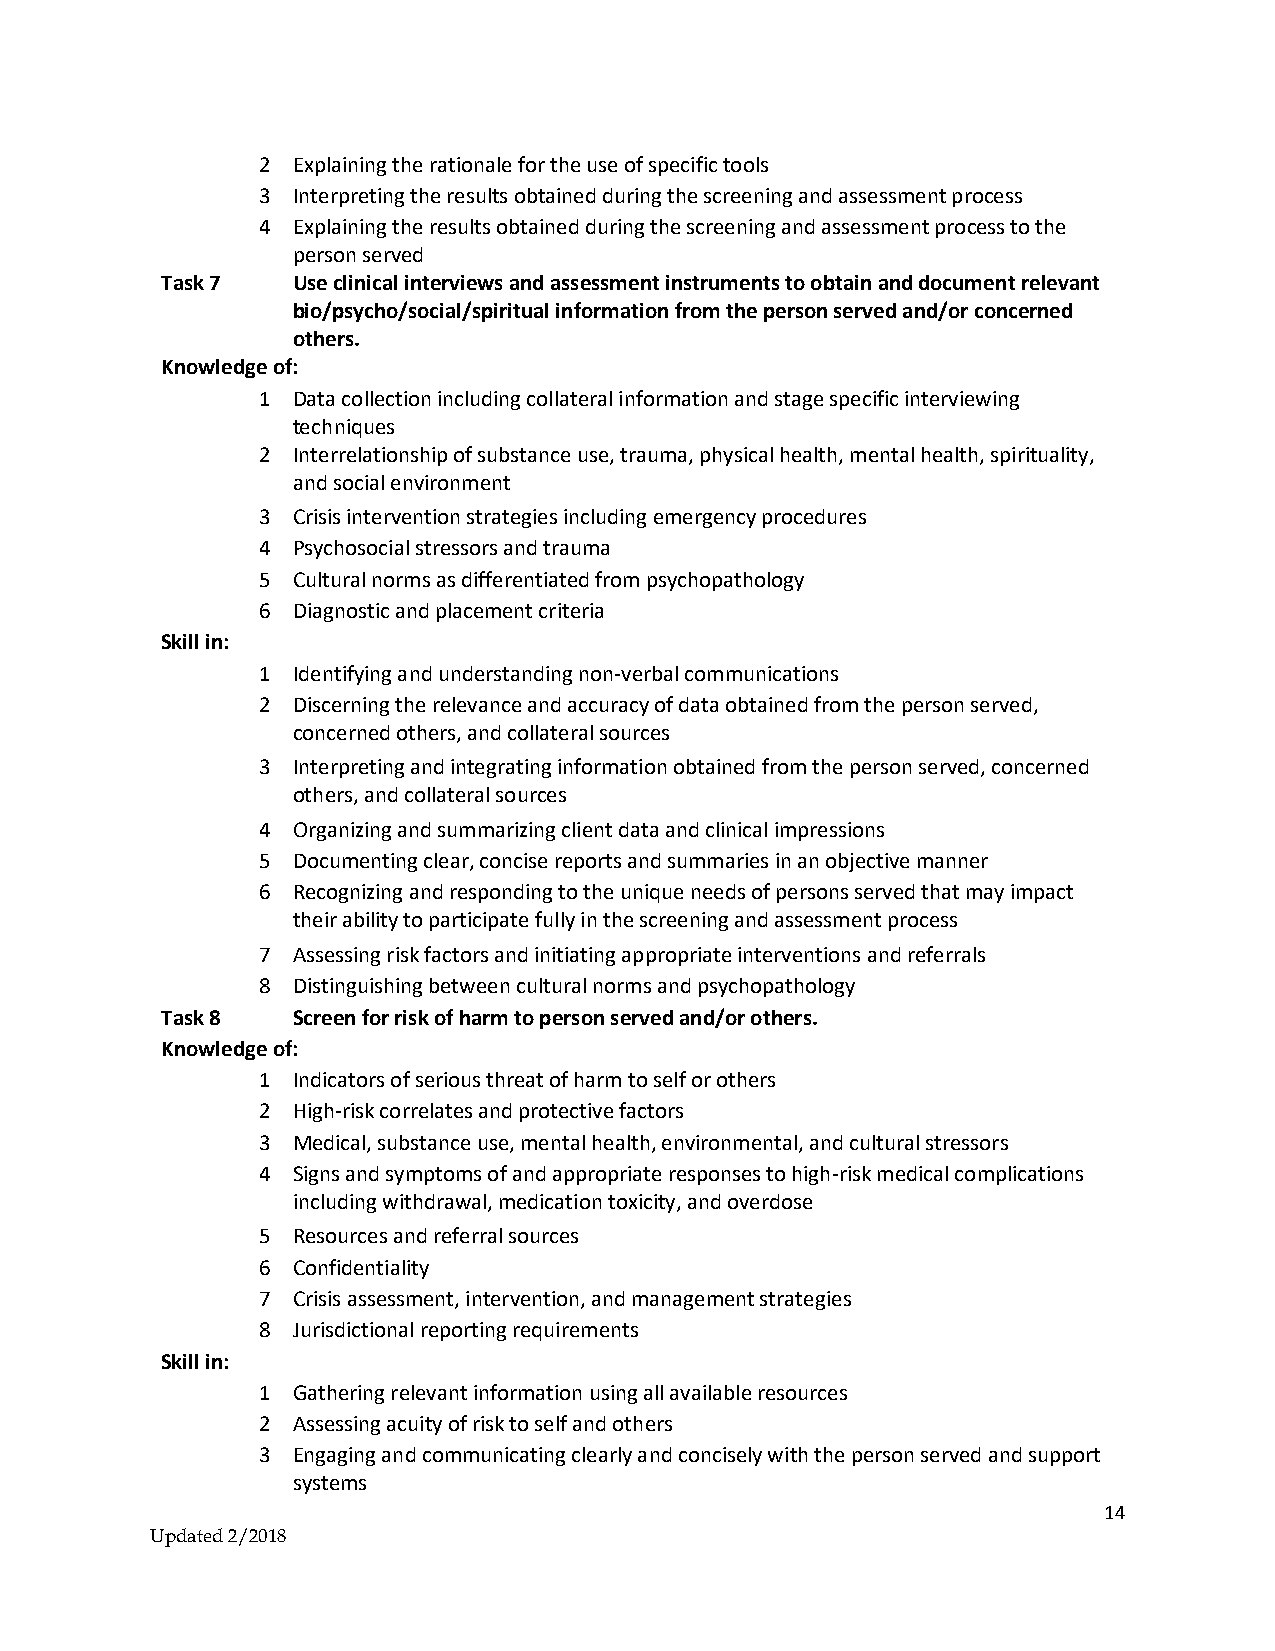
2 Explaining the rationale for the use of specific tools
 3 Interpreting the results obtained during the screening and assessment process
 4 Explaining the results obtained during the screening and assessment process to the
 person served
 Task 7  Use clinical interviews and assessment instruments to obtain and document relevant
 bio/psycho/social/spiritual information from the person served and/or concerned
 others.
 Knowledge of:
 1 Data collection including collateral information and stage specific interviewing
 techniques
 2 Interrelationship of substance use, trauma, physical health, mental health, spirituality,
 and social environment
 3 Crisis intervention strategies including emergency procedures
 4 Psychosocial stressors and trauma
 5 Cultural norms as differentiated from psychopathology
 6 Diagnostic and placement criteria
 Skill in:
 1 Identifying and understanding non-verbal communications
 2 Discerning the relevance and accuracy of data obtained from the person served,
 concerned others, and collateral sources
 3 Interpreting and integrating information obtained from the person served, concerned
 others, and collateral sources
 4 Organizing and summarizing client data and clinical impressions
 5 Documenting clear, concise reports and summaries in an objective manner
 6 Recognizing and responding to the unique needs of persons served that may impact
 their ability to participate fully in the screening and assessment process
 7 Assessing risk factors and initiating appropriate interventions and referrals
 8 Distinguishing between cultural norms and psychopathology
 Task 8  Screen for risk of harm to person served and/or others.
 Knowledge of:
 1 Indicators of serious threat of harm to self or others
 2 High-risk correlates and protective factors
 3 Medical, substance use, mental health, environmental, and cultural stressors
 4 Signs and symptoms of and appropriate responses to high-risk medical complications
 including withdrawal, medication toxicity, and overdose
 5 Resources and referral sources
 6 Confidentiality
 7 Crisis assessment, intervention, and management strategies
 8 Jurisdictional reporting requirements
 Skill in:
 1 Gathering relevant information using all available resources
 2 Assessing acuity of risk to self and others
 3 Engaging and communicating clearly and concisely with the person served and support
 systems
 14
 Updated 2/2018